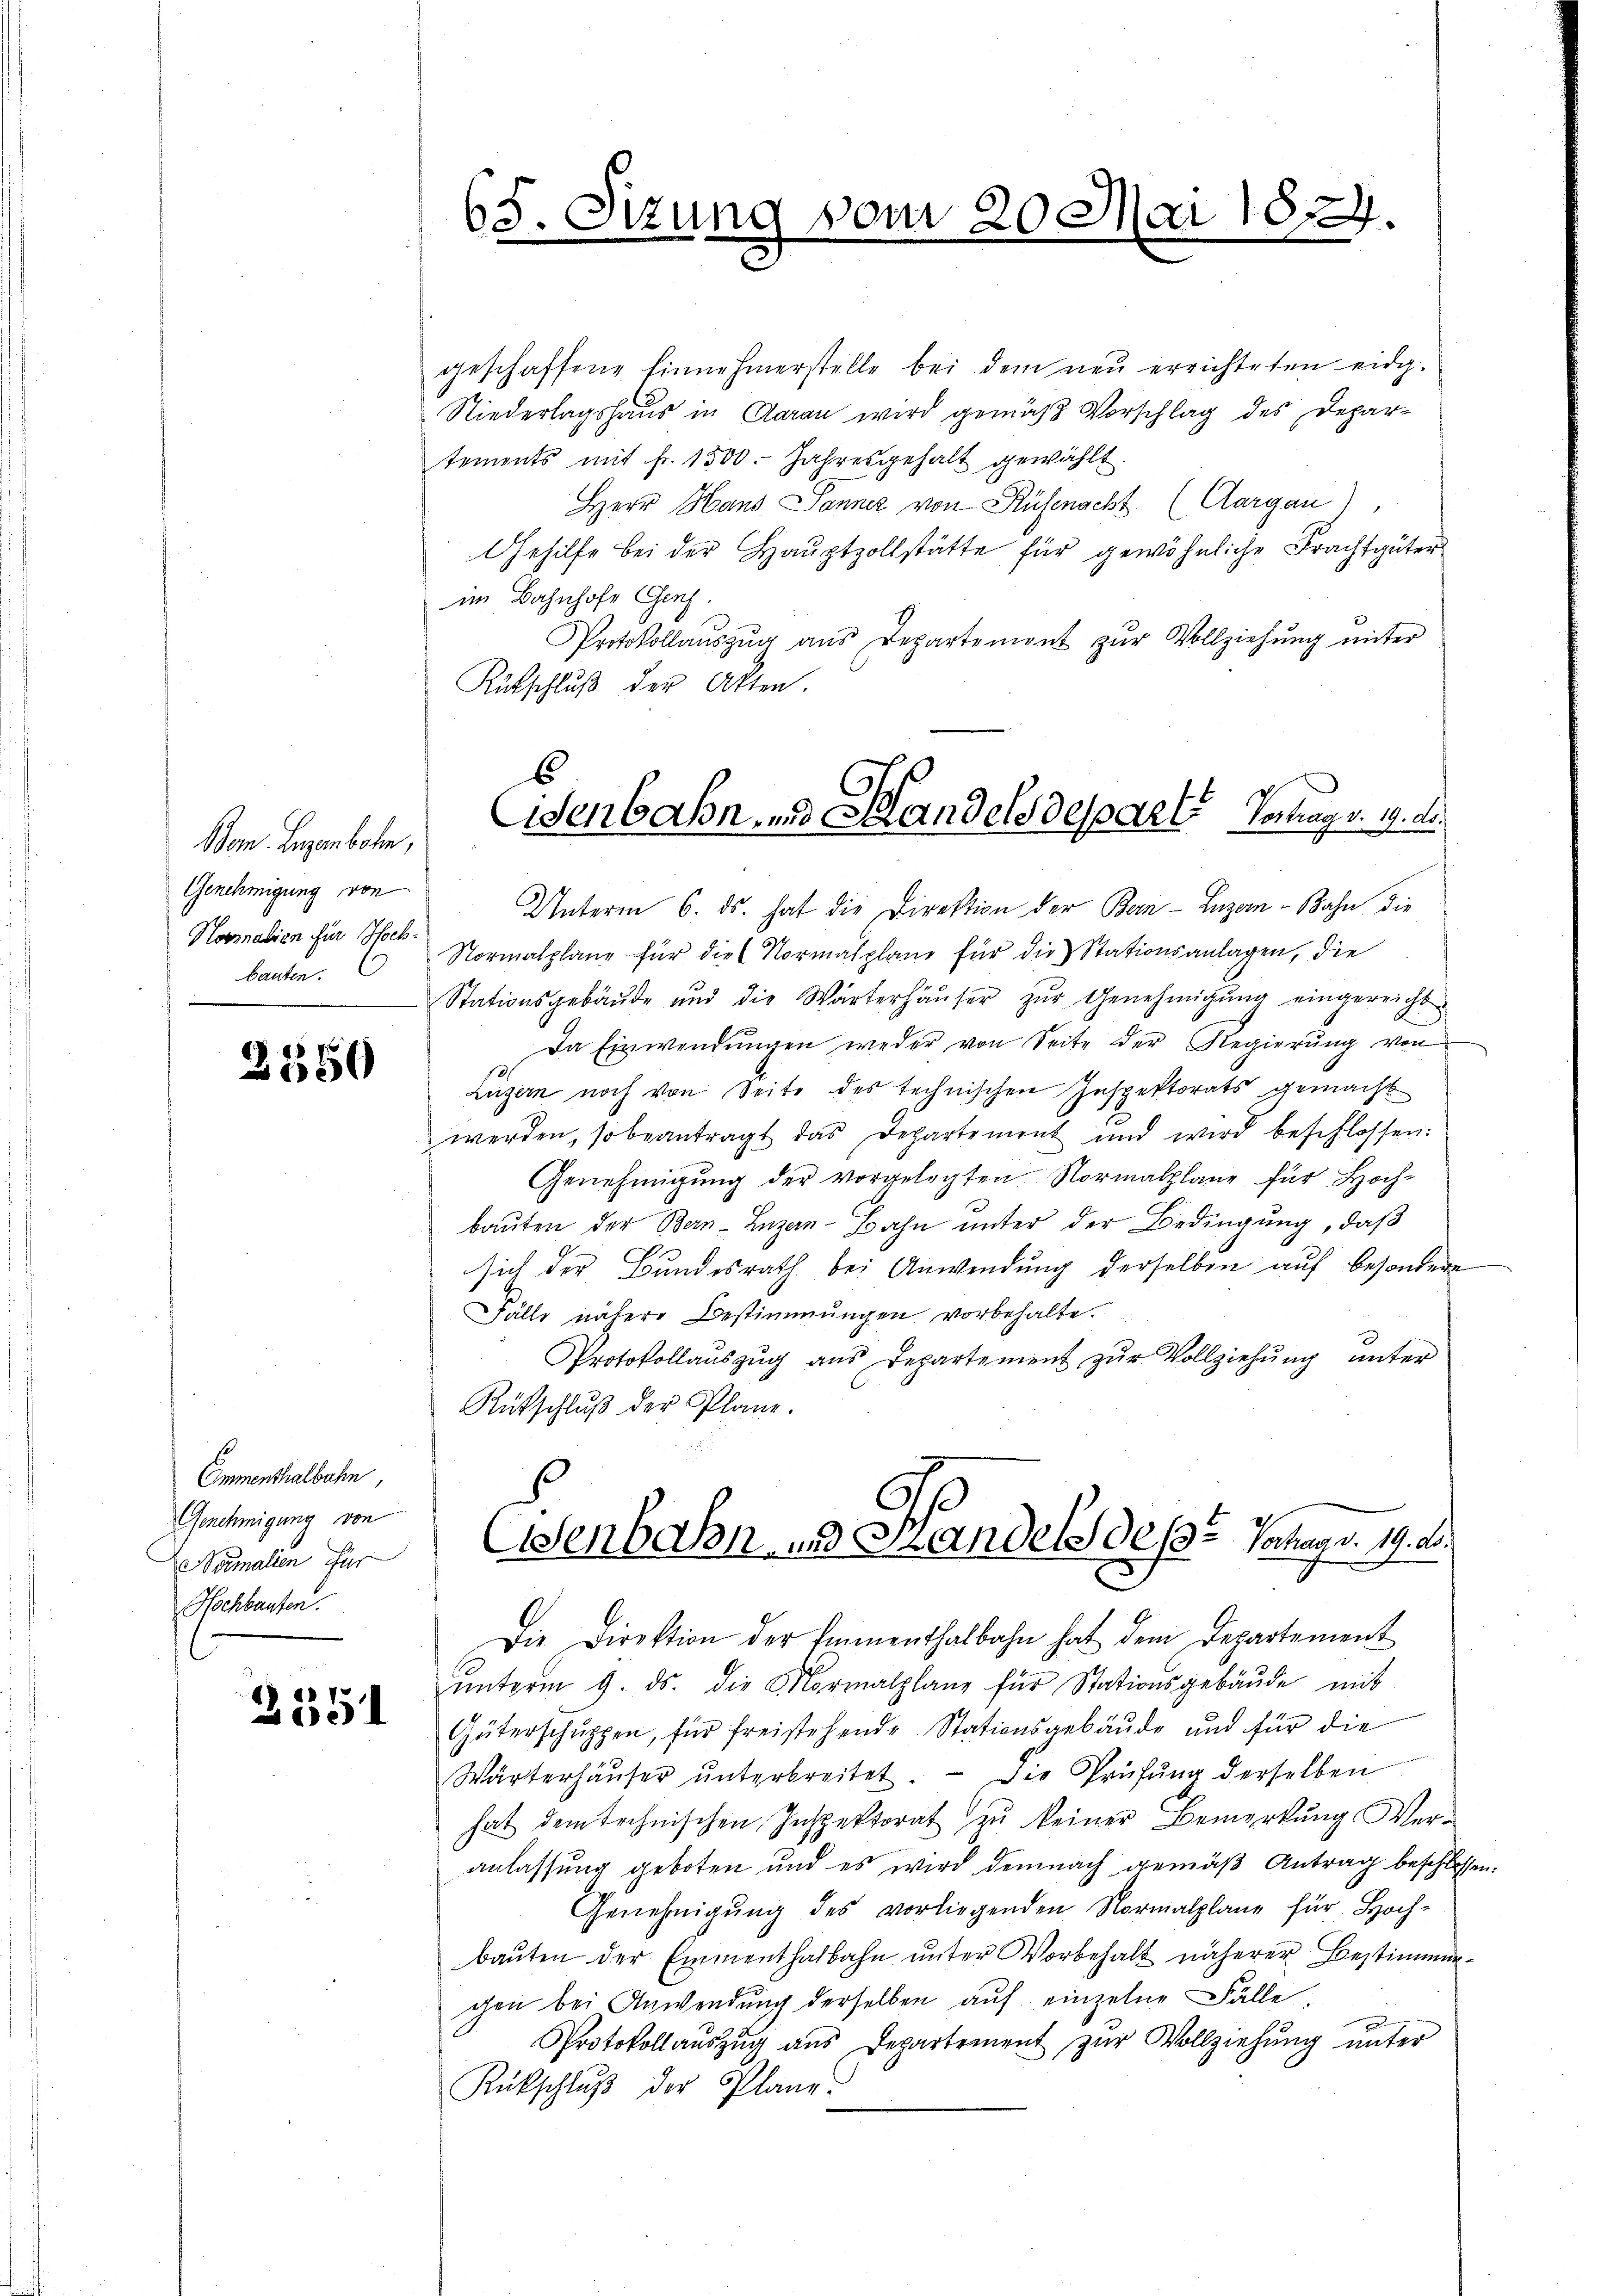
Bom. Augenborn,
Genehmigung von
Normalien für Hoch¬

3550

Emmenthalbahn,
Genehmigung von
Vomalien für
Nachbauten.

3351

63. Sizung vom 20. Mai 1884

geschaffene Einnehmerstelle bei dem neŭ errichteten eidg.
Niederlagshaus in Garan wird gemäß Vorschlag des Departements mit fr. 1500. Jahresgehalt gewählt.
Herr Hand Panner von Ruhmacht (Aargau)
Gehilfe bei der Haŭptzollstätte für gewöhnliche Frachtgüter
im Bahnhofe Ges.
Protokollaŭszŭg ans Departemont zŭr Vollziehŭng ŭnter
Rütschlŭβ der Akten.
Unterm 6. ds. hat die Direktion der Bern Luzern - Bahn die
bauten. Normalplane für die Normalplane für die Stationsanlagen, die
Stationsgebäude und die Wärterhäuser zur Genehmigung eingereicht
Da Einwendungen weder von Seite der Regierung von
Luzern noch von Seite des technischen Inspektorats gemacht
werden, so beantragt das Departement und wird beschlossen:
Genehmigung der vorgelegten Normalpläne für Hoch-
bauten der Bern-Luzern-Bahn unter der Bedingung, daß
sich der Bundesrath bei Anwendung derselben auf besondere
Fälle nähere Bestimmungen vorbehalte.
Protokollauszug aus Departement zŭr Vollziehung unter
Rütschluß der Plane.
Aenbahn- und Handels des Vorhand. 19. d.
Die Direktion der Emmenthalbahn hat dem Departement
ŭnterm 9. ds. die Mormalplane für Stationsgebäŭde mit
Güterschuppen, für freistehende Stationsgebäude und für die
Wärterhäŭser ŭnterbreitet. Die Prüfung derselben
hat dem technischen Inspektorat zŭ keiner Bemerkung Ver-
anlassung geboten und es wird demnach gemäß Antrag beschlosse
Genehmigŭng des vorliegenden Normalpläne für Hoch-
bauten der Emmenthalbahn unter Vorbehalt näherer Bestimmungen bei Anwendung derselben auf einzelne Fälle
Protokollaŭszŭg ans Departement zŭr Vollziehung unter
Rückschluß der Plane.

6
Eisenbahn- und Handels desparte Vortrag v. 19. d.